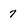
Character: 7